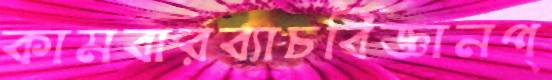
কামবারব্যাচবিজ্ঞানপ্